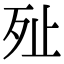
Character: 𣧐